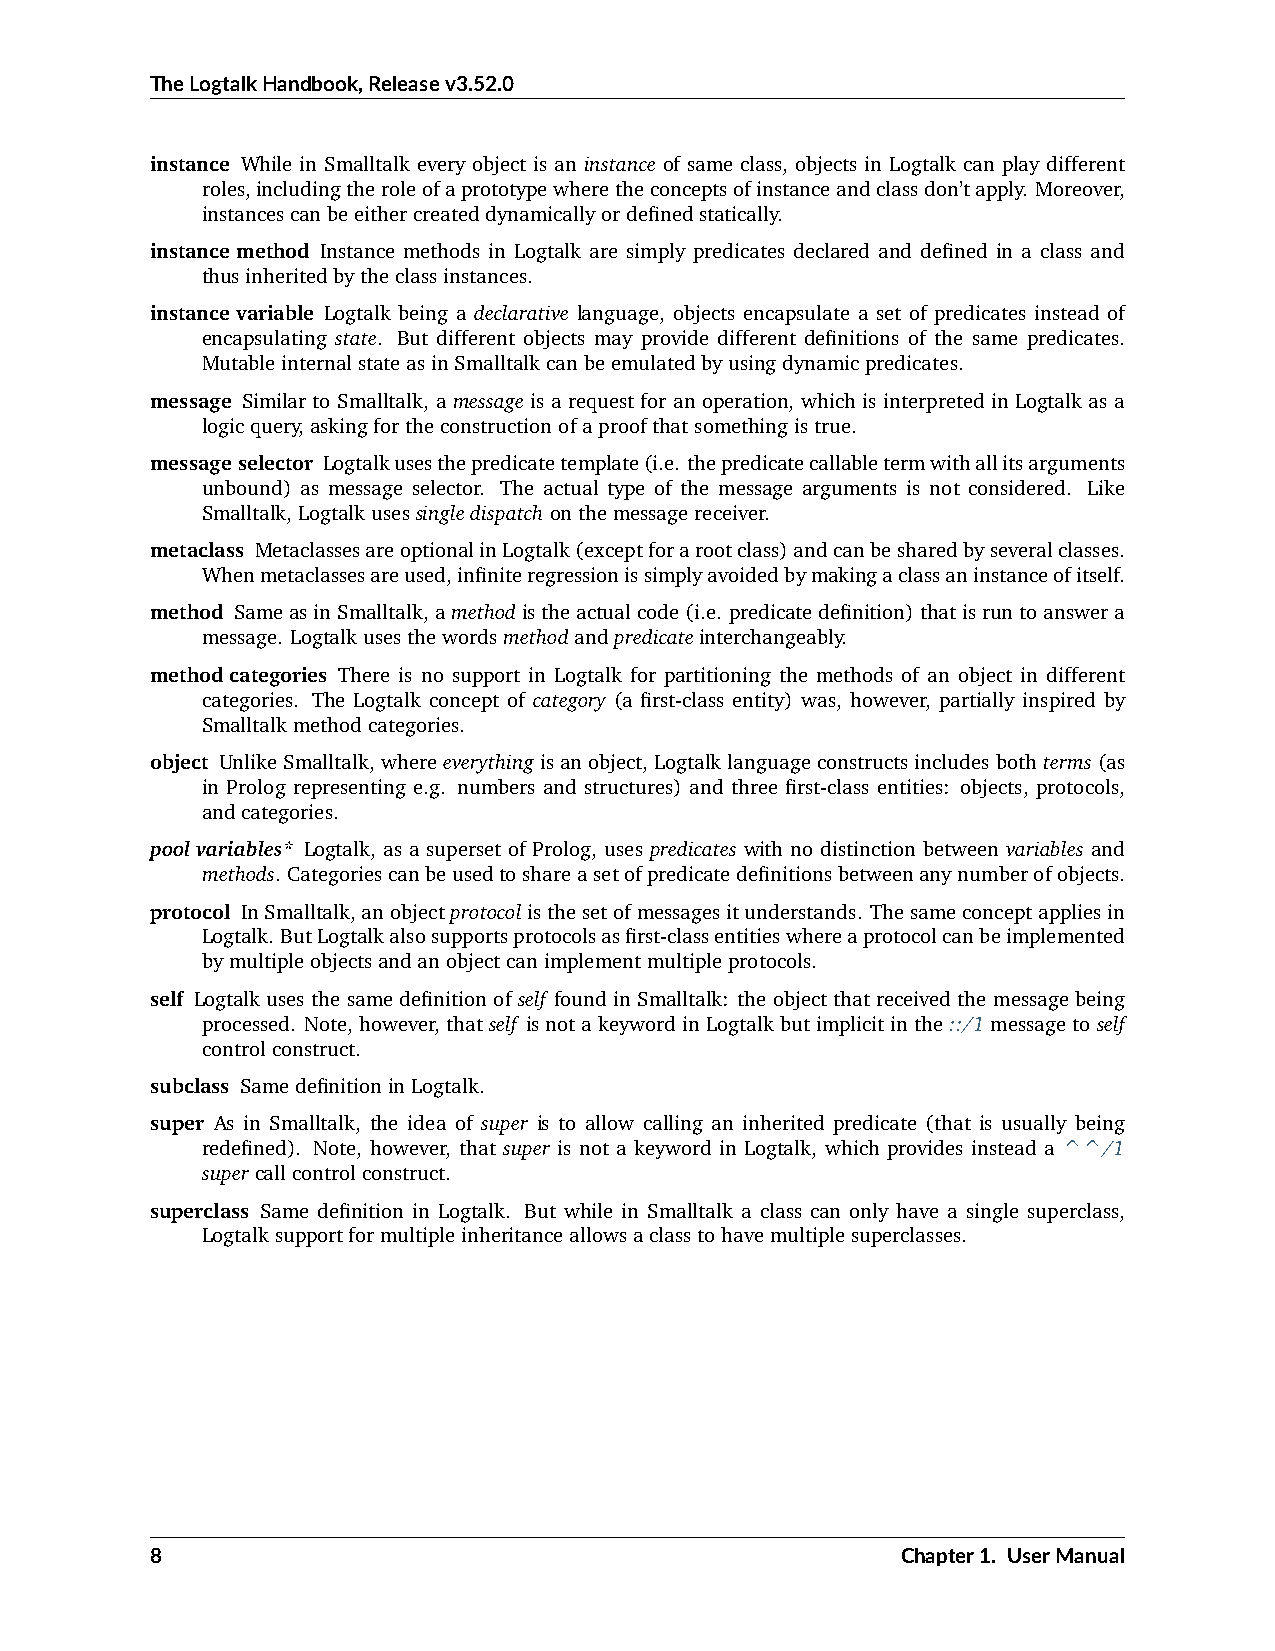
TheLogtalkHandbook,Releasev3.52.0
 instance While in Smalltalk every object is an instance of same class, objects in Logtalk can play different
 roles,includingtheroleofaprototypewheretheconceptsofinstanceandclassdon’tapply. Moreover,
 instancescanbeeithercreateddynamicallyordefinedstatically.
 instancemethod Instance methods in Logtalk are simply predicates declared and defined in a class and
 thusinheritedbytheclassinstances.
 instancevariable Logtalk being a declarative language, objects encapsulate a set of predicates instead of
 encapsulating state. But different objects may provide different definitions of the same predicates.
 MutableinternalstateasinSmalltalkcanbeemulatedbyusingdynamicpredicates.
 message Similar to Smalltalk, a message is a request for an operation, which is interpreted in Logtalk as a
 logicquery,askingfortheconstructionofaproofthatsomethingistrue.
 messageselector Logtalkusesthepredicatetemplate(i.e. thepredicatecallabletermwithallitsarguments
 unbound) as message selector. The actual type of the message arguments is not considered. Like
 Smalltalk,Logtalkusessingledispatchonthemessagereceiver.
 metaclass MetaclassesareoptionalinLogtalk(exceptforarootclass)andcanbesharedbyseveralclasses.
 Whenmetaclassesareused,infiniteregressionissimplyavoidedbymakingaclassaninstanceofitself.
 method SameasinSmalltalk,amethodistheactualcode(i.e. predicatedefinition)thatisruntoanswera
 message. Logtalkusesthewordsmethodandpredicateinterchangeably.
 methodcategories There is no support in Logtalk for partitioning the methods of an object in different
 categories. The Logtalk concept of category (a first-class entity) was, however, partially inspired by
 Smalltalkmethodcategories.
 object UnlikeSmalltalk,whereeverythingisanobject, Logtalklanguageconstructsincludesbothterms(as
 in Prolog representing e.g. numbers and structures) and three first-class entities: objects, protocols,
 andcategories.
 poolvariables* Logtalk, as a superset of Prolog, uses predicates with no distinction between variables and
 methods. Categoriescanbeusedtoshareasetofpredicatedefinitionsbetweenanynumberofobjects.
 protocol InSmalltalk,anobjectprotocolisthesetofmessagesitunderstands. Thesameconceptappliesin
 Logtalk. ButLogtalkalsosupportsprotocolsasfirst-classentitieswhereaprotocolcanbeimplemented
 bymultipleobjectsandanobjectcanimplementmultipleprotocols.
 self Logtalk uses the same definition of self found in Smalltalk: the object that received the message being
 processed. Note, however, thatself isnotakeywordinLogtalkbutimplicitinthe::/1messagetoself
 controlconstruct.
 subclass SamedefinitioninLogtalk.
 super As in Smalltalk, the idea of super is to allow calling an inherited predicate (that is usually being
 redefined). Note, however, that super is not a keyword in Logtalk, which provides instead a ^^/1
 supercallcontrolconstruct.
 superclass Same definition in Logtalk. But while in Smalltalk a class can only have a single superclass,
 Logtalksupportformultipleinheritanceallowsaclasstohavemultiplesuperclasses.
 8                                                 Chapter1. UserManual